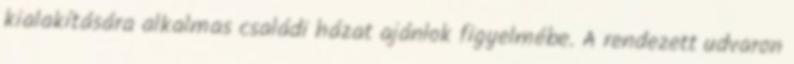
kialakítására alkalmas családi házat ajánlok figyelmébe. A rendezett udvaron